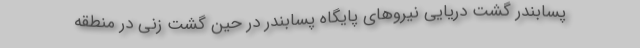
پسابندر گشت دریایی نیروهای پایگاه پسابندر در حین گشت زنی در منطقه